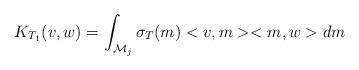
LaTeX: \begin{align*}K_{T_{1}}(v,w)=\int_{\mathcal{M}_{j}}\sigma_{T}(m)<v,m><m,w>dm\end{align*}